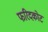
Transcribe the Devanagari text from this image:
फरिदकोट